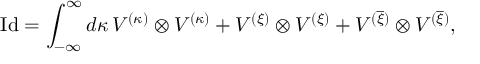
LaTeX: \mathrm { I d } = \int _ { - \infty } ^ { \infty } d \kappa \, V ^ { ( \kappa ) } \otimes V ^ { ( \kappa ) } + V ^ { ( \xi ) } \otimes V ^ { ( \xi ) } + V ^ { ( \overline { { { \xi } } } ) } \otimes V ^ { ( \overline { { { \xi } } } ) } ,